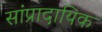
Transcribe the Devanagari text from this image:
सांप्रादायिक